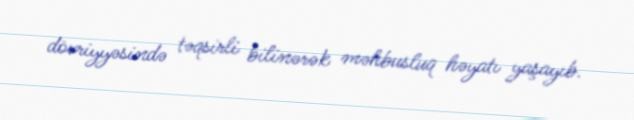
dövriyyəsində təqsirli bilinərək məhbusluq həyatı yaşayıb.